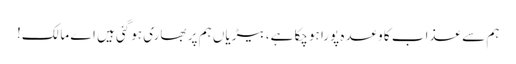
ہم سے عذاب کا وعدہ پورا ہوچکا ہے، بیڑیاں ہم پر بھاری ہوگئی ہیں اے مالک!